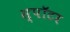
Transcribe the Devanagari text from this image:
स्पॉटर